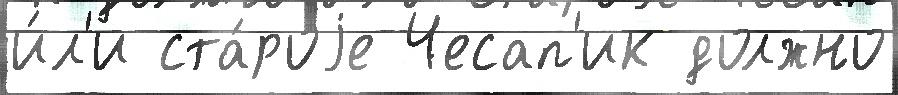
и́л'и ста́роjе Чесап'ик должно